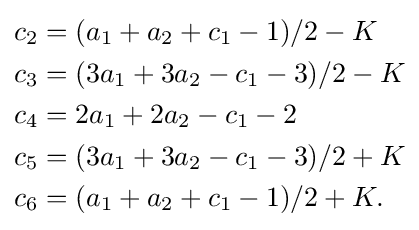
{\begin{aligned}c_{2}&=(a_{1}+a_{2}+c_{1}-1)/2-K\\c_{3}&=(3a_{1}+3a_{2}-c_{1}-3)/2-K\\c_{4}&=2a_{1}+2a_{2}-c_{1}-2\\c_{5}&=(3a_{1}+3a_{2}-c_{1}-3)/2+K\\c_{6}&=(a_{1}+a_{2}+c_{1}-1)/2+K.\end{aligned}}